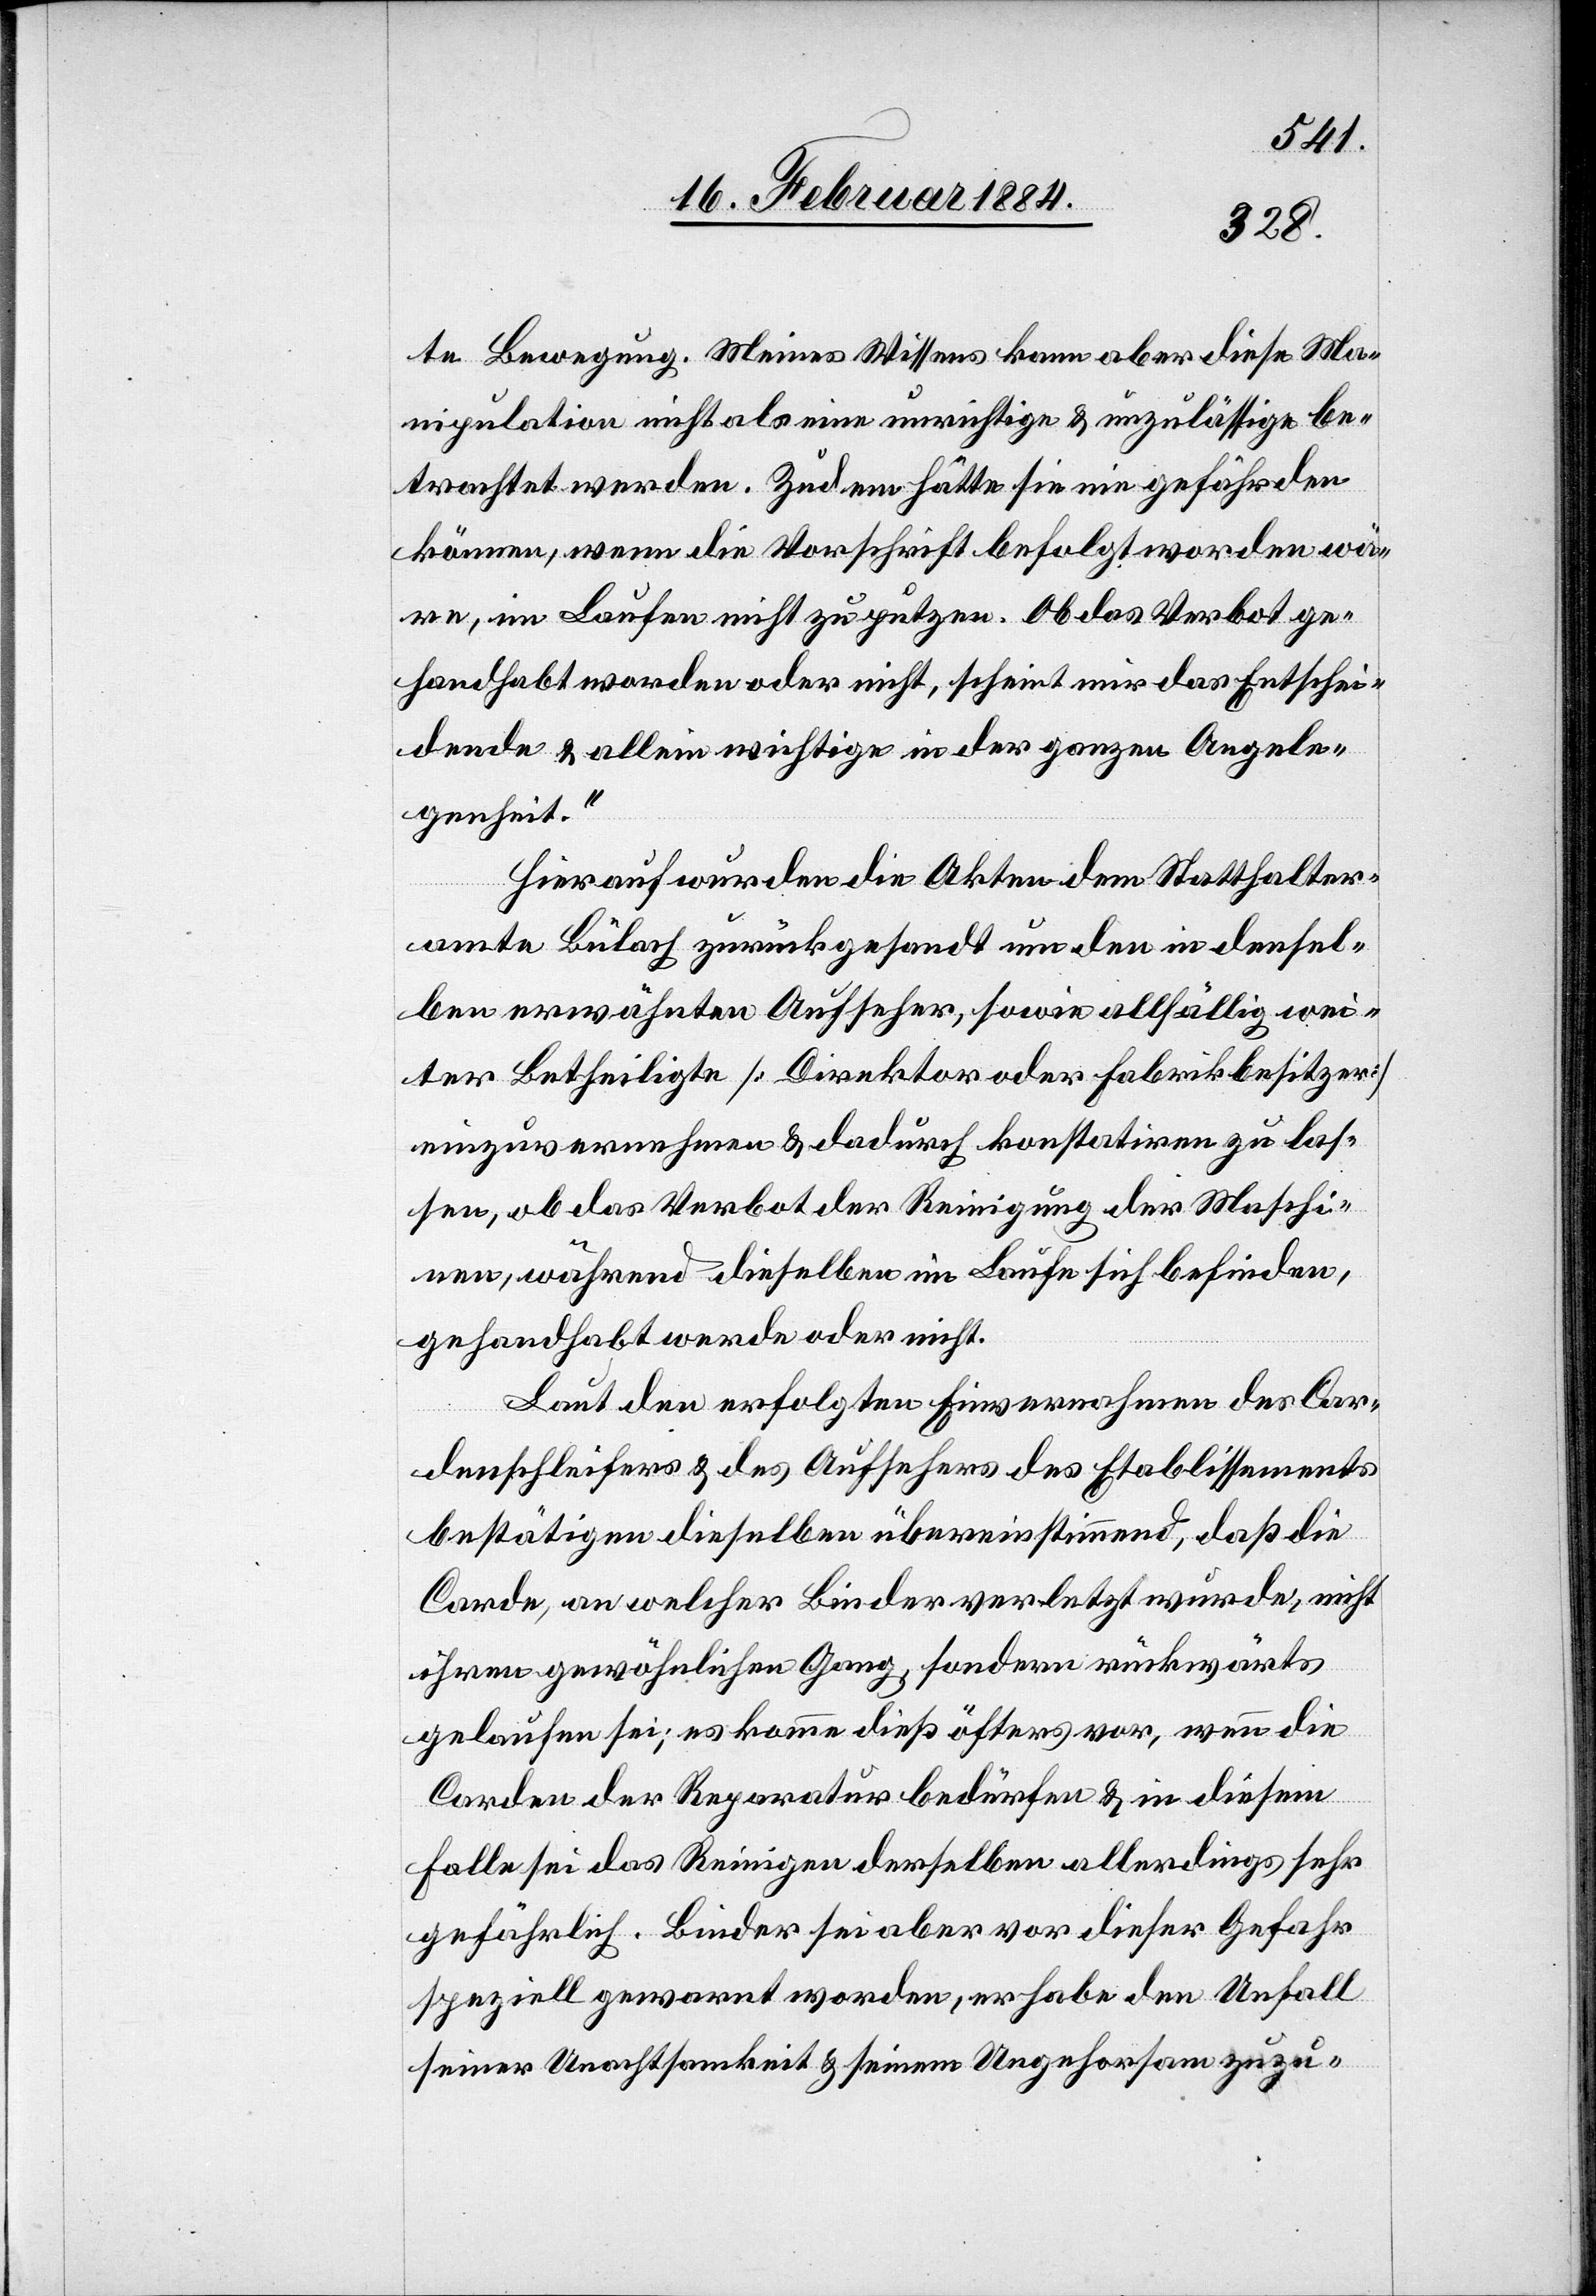
te Bewegung. Meines Wissens kann aber diese Ma¬
nipulation nicht als eine unrichtige & unzulässige be¬
trachtet werden. Zudem hätte sie nie gefährden
können, wenn die Vorsicht befolgt worden wä¬
re, im Laufen nicht zu putzen. Ob das Verbot ge¬
handhabt worden oder nicht, scheint mir das Entschei¬
dende & allein wichtige in der ganzen Angele¬
genheit.“
Hierauf wurden die Akten dem Statthalter¬
amte Bülach zurückgesandt um den in densel¬
ben erwähnten Aufseher, sowie allfällig wei¬
ter Betheiligte [Direktor oder Fabrikbesitzer]
einzuvernehmen & dadurch konstatiren zu las¬
sen, ob das Verbot der Reinigung der Maschi¬
nen, während dieselben im Laufe sich befinden,
gehandhabt werde oder nicht.
Laut den erfolgten Einvernahmen des Cor¬
denschleifers & des Aufsehers des Etablissements
bestätigen dieselben übereinstimmend, daß die
Corde, an welcher Binder verletzt wurde, nicht
ihren gewöhnlichen Gang, sondern rückwärts
gelaufen sei; es komme dieß öfters vor, wenn die
Corde der Reparatur bedürfe & in diesem
Falle sei das Reinigen derselben allerdings sehr
gefährlich. Binder sei aber vor dieser Gefahr
speziell gewarnt worden, er habe den Unfall
seiner Unachtsamkeit & seinem Ungehorsam zuzu-